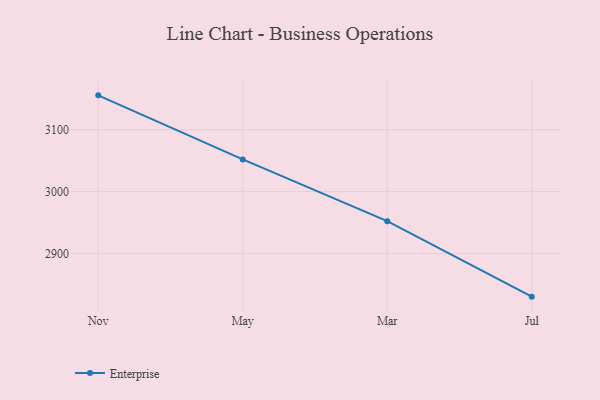
{"axis": {"x": "Month", "y": "Website Visitors"}, "legend": ["Enterprise"], "data": [{"x": "Nov", "y": 3155.6, "type": "Enterprise"}, {"x": "May", "y": 3052.0, "type": "Enterprise"}, {"x": "Mar", "y": 2952.1, "type": "Enterprise"}, {"x": "Jul", "y": 2830.1, "type": "Enterprise"}]}